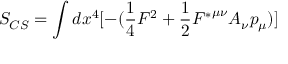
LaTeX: S _ { C S } = \int { d x ^ { 4 } [ - ( \frac { 1 } { 4 } F ^ { 2 } + \frac { 1 } { 2 } { F ^ { * } } ^ { { \mu } { \nu } } A _ { { \nu } } p _ { \mu } ) ] }